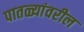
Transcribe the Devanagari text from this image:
पातळ्यांवरील